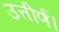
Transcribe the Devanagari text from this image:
उत्तीर्ण।